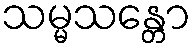
သမ္မသန္တော